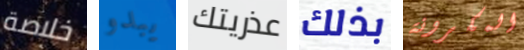
خلاصة يبدو عذريتك بذلك المكرونة